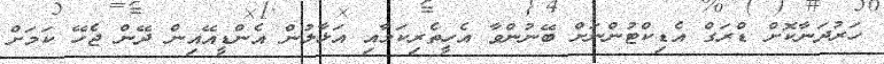
ހަރުދަނާކޮށް ޑްރަގް އެޑިކްޓުންނަށް ބޭނުންވާ އެހީތެރިކަމާއި އަޅާލުން އެންޑީއޭއިން ދޭން ޖެހޭ ކަމަށް